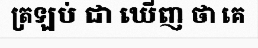
ត្រឡប់ ជា ឃើញ ថា គេ